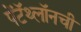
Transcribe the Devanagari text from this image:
पेंटॅथ्लॉनची